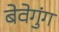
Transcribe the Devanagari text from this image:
बेवेगुंग